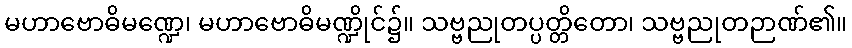
မဟာဗောဓိမဏ္ဍေ၊ မဟာဗောဓိမဏ္ဍိုင်၌။ သဗ္ဗညုတပ္ပတ္တိတော၊ သဗ္ဗညုတဉာဏ်၏။